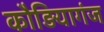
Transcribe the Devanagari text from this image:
कौड़ियागंज